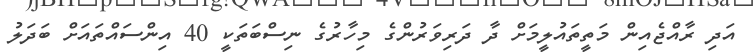
އަދި ރާއްޖެއިން މަތީތައުލީމަށް ދާ ދަރިވަރުންގެ މިހާރުގެ ނިސްބަތަކީ 40 އިންސައްތައަށް ބަދަލު